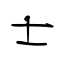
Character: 士